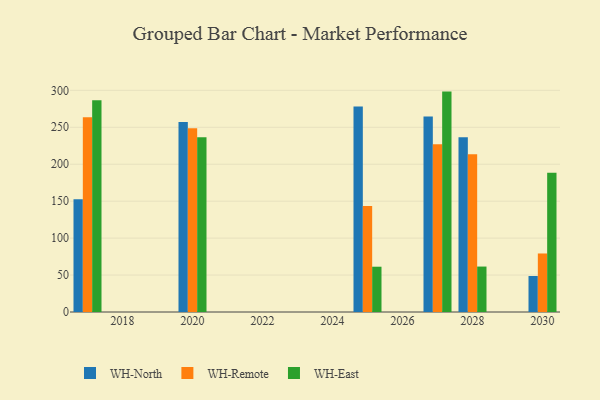
{"axis": {"x": "Year", "y": "Revenue (USD Million)"}, "legend": ["WH-East", "WH-North", "WH-Remote"], "data": [{"x": "2027", "y": 264.7, "type": "WH-North"}, {"x": "2027", "y": 227.1, "type": "WH-Remote"}, {"x": "2027", "y": 298.3, "type": "WH-East"}, {"x": "2030", "y": 48.7, "type": "WH-North"}, {"x": "2030", "y": 79.2, "type": "WH-Remote"}, {"x": "2030", "y": 188.5, "type": "WH-East"}, {"x": "2028", "y": 236.4, "type": "WH-North"}, {"x": "2028", "y": 213.5, "type": "WH-Remote"}, {"x": "2028", "y": 61.5, "type": "WH-East"}, {"x": "2025", "y": 278.1, "type": "WH-North"}, {"x": "2025", "y": 143.3, "type": "WH-Remote"}, {"x": "2025", "y": 61.3, "type": "WH-East"}, {"x": "2017", "y": 152.6, "type": "WH-North"}, {"x": "2017", "y": 263.7, "type": "WH-Remote"}, {"x": "2017", "y": 286.5, "type": "WH-East"}, {"x": "2020", "y": 257.3, "type": "WH-North"}, {"x": "2020", "y": 248.7, "type": "WH-Remote"}, {"x": "2020", "y": 236.4, "type": "WH-East"}]}